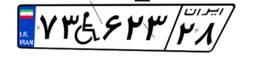
۷۳W۶۲۳۲۸